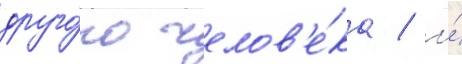
друго́го челов'е́ка / и́